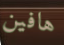
هافين